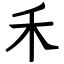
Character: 禾